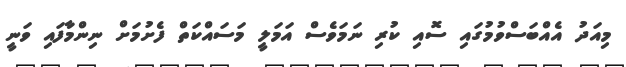
މިއަދު އެއްބަސްވުމުގައި ސޮއި ކުރި ނަމަވެސް އަމަލީ މަސައްކަތް ފެށުމަށް ނިންމާފައި ވަނީ